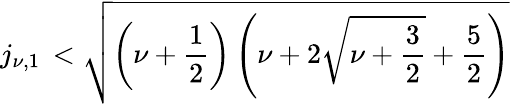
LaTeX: j_{\nu,1}\, <\sqrt{\left(\nu+\frac 12\right)\left(\nu+2\sqrt{\nu+\frac 32}+\frac 52\right)}